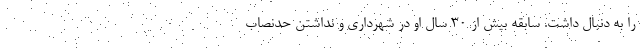
را به دنبال داشت. سابقه بیش از ۳۰ سال او در شهرداری و نداشتن حدنصاب